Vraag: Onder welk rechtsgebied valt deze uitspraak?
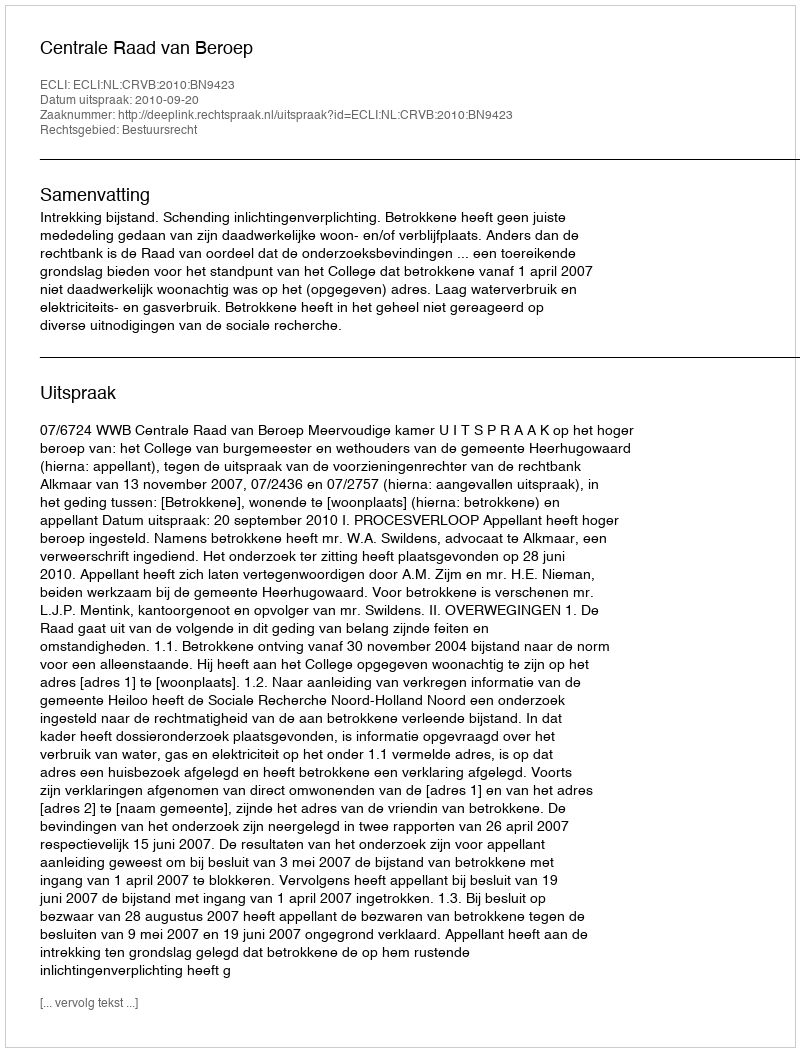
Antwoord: Bestuursrecht